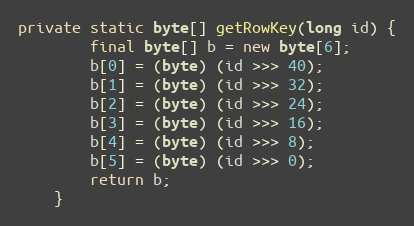
Language: Java
private static byte[] getRowKey(long id) {
        final byte[] b = new byte[6];
        b[0] = (byte) (id >>> 40);
        b[1] = (byte) (id >>> 32);
        b[2] = (byte) (id >>> 24);
        b[3] = (byte) (id >>> 16);
        b[4] = (byte) (id >>> 8);
        b[5] = (byte) (id >>> 0);
        return b;
    }